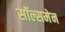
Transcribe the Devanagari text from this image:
सॉल्समेन